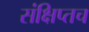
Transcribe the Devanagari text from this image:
संक्षिप्तच